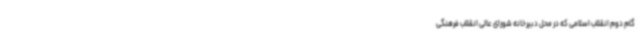
گام دوم انقلاب اسلامی که در محل دبیرخانه شورای عالی انقلاب فرهنگی